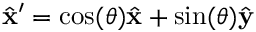
\hat { \mathbf { x } } ^ { \prime } = \cos ( \theta ) \hat { \mathbf { x } } + \sin ( \theta ) \hat { \mathbf { y } }